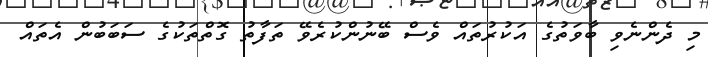
މި ދެންނެވި ބާވަތުގެ އަކުރުތައް ވެސް ބޭނުންކުރެވޭ ތަފާތު ގޮތްތަކުގެ ސަބަބުން އެތައް